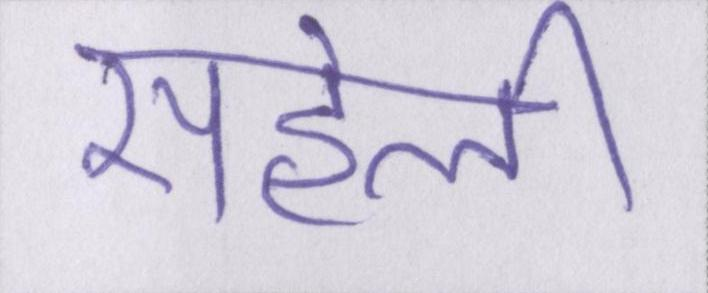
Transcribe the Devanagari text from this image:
सहेली